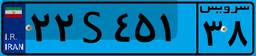
۴۶S۱۷۴۹۹